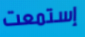
إستمعت